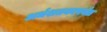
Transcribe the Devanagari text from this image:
अर्धशतकापर्यंत